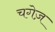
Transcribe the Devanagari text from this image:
चगेज़